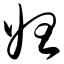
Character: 妲